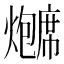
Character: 𬋗